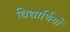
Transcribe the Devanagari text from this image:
विद्यार्थियों